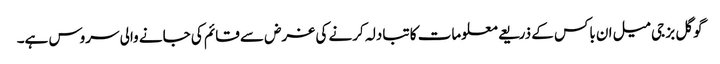
گوگل بز جی میل ان باکس کے ذریعے معلومات کا تبادلہ کرنے کی غرض سے قائم کی جانے والی سروس ہے۔